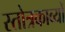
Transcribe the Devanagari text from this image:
स्तोत्रकाव्यों